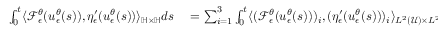
\begin{array} { r l } { \int _ { 0 } ^ { t } \langle \mathcal { F } _ { \epsilon } ^ { \theta } ( u _ { \epsilon } ^ { \theta } ( s ) ) , \eta _ { \epsilon } ^ { \prime } ( u _ { \epsilon } ^ { \theta } ( s ) ) \rangle _ { \mathbb { H } \times \mathbb { H } } d s } & { { } = \sum _ { i = 1 } ^ { 3 } \int _ { 0 } ^ { t } \langle ( \mathcal { F } _ { \epsilon } ^ { \theta } ( u _ { \epsilon } ^ { \theta } ( s ) ) ) _ { i } , ( \eta _ { \epsilon } ^ { \prime } ( u _ { \epsilon } ^ { \theta } ( s ) ) ) _ { i } \rangle _ { L ^ { 2 } ( \mathcal { U } ) \times L ^ { 2 } ( \mathcal { U } ) } d s } \end{array}